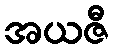
အယဇီ